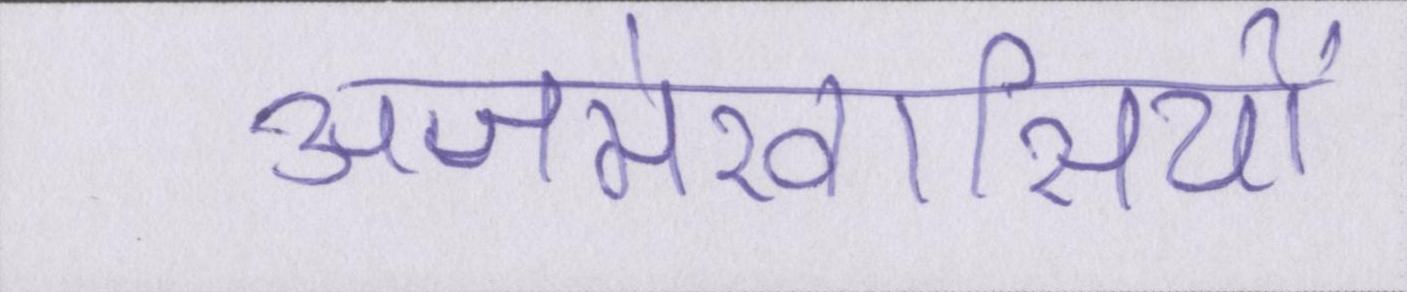
अजमेरवासियों